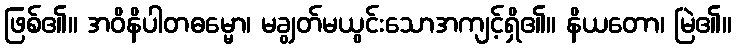
ဖြစ်၏။ အဝိနိပါတဓမ္မော၊ မချွတ်မယွင်းသောအကျင့်ရှိ၏။ နိယတော၊ မြဲ၏။